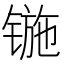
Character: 𰾢